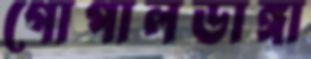
গোপালডাঙ্গা